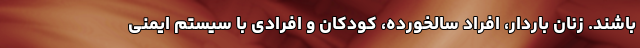
باشند. زنان باردار، افراد سالخورده، کودکان و افرادی با سیستم ایمنی